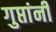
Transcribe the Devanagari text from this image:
गुप्तांनी